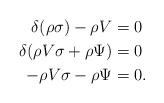
LaTeX: \begin{align*}\delta(\rho \sigma) - \rho V&=0\\\delta(\rho V\sigma+\rho \Psi)&=0\\-\rho V\sigma-\rho \Psi &= 0.\end{align*}